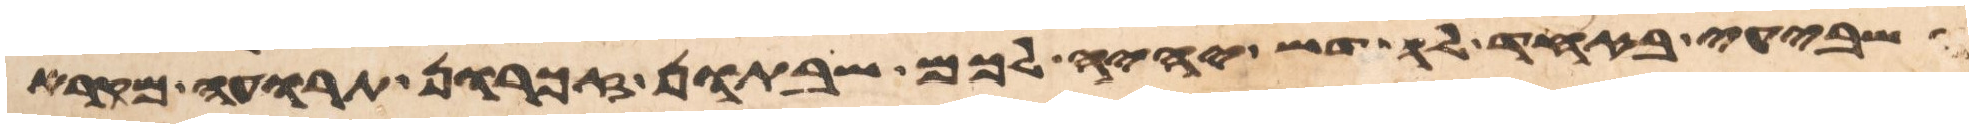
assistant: השביעי באחד לחדש יהיה לכם שבתון זכרון תרועה מקרא